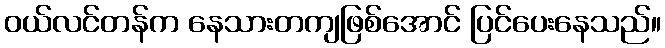
ဝယ်လင်တန်က နေသားတကျဖြစ်အောင် ပြင်ပေးနေသည်။